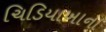
ચિડિયાખાના